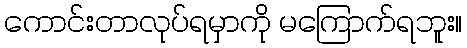
ကောင်းတာလုပ်ရမှာကို မကြောက်ရဘူး။